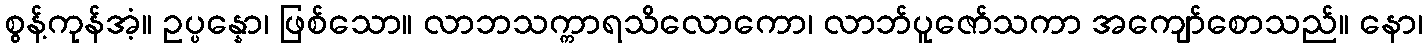
စွန့်ကုန်အံ့။ ဥပ္ပန္နော၊ ဖြစ်သော။ လာဘသက္ကာရသိလောကော၊ လာဘ်ပူဇော်သကာ အကျော်စောသည်။ နော၊